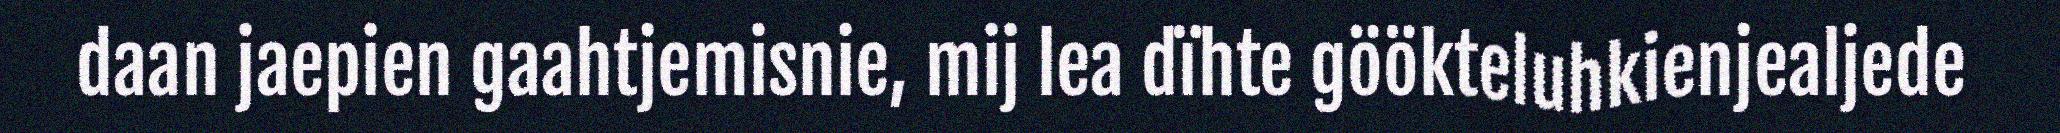
daan jaepien gaahtjemisnie, mij lea dïhte göökteluhkienjealjede